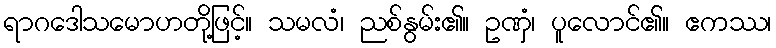
ရာဂဒေါသမောဟတို့ဖြင့်။ သမလံ၊ ညစ်နွမ်း၏။ ဥဏှံ၊ ပူလောင်၏။ ဧကဿ၊